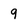
Character: 9